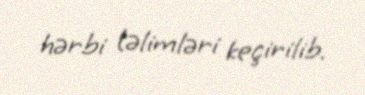
hərbi təlimləri keçirilib.